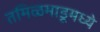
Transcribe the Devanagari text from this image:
तमिळमाडूमध्ये